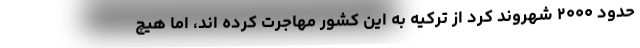
حدود ۲۰۰۰ شهروند کرد از ترکیه به این کشور مهاجرت کرده اند، اما هیچ